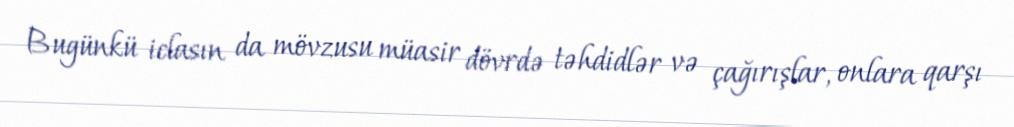
Bugünkü iclasın da mövzusu müasir dövrdə təhdidlər və çağırışlar, onlara qarşı